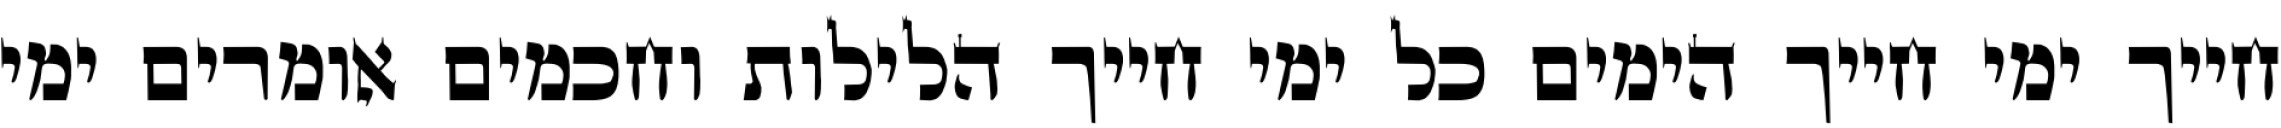
חייך ימי חייך הימים כל ימי חייך הלילות וחכמים אומרים ימי